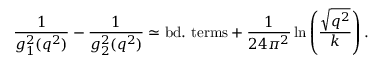
{ \frac { 1 } { g _ { 1 } ^ { 2 } ( q ^ { 2 } ) } } - { \frac { 1 } { g _ { 2 } ^ { 2 } ( q ^ { 2 } ) } } \simeq \mathrm { b d . ~ t e r m s } + { \frac { 1 } { 2 4 \pi ^ { 2 } } } \ln \left( { \frac { \sqrt { q ^ { 2 } } } { k } } \right) .